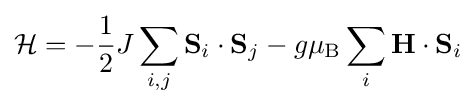
{\mathcal {H}}=-{\frac {1}{2}}J\sum _{i,j}\mathbf {S} _{i}\cdot \mathbf {S} _{j}-g\mu _{\rm {B}}\sum _{i}\mathbf {H} \cdot \mathbf {S} _{i}